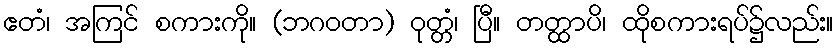
ဧတံ၊ အကြင် စကားကို။ (ဘဂဝတာ) ဝုတ္တံ၊ ပြီ။ တတ္ထာပိ၊ ထိုစကားရပ်၌လည်း။